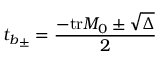
{ t _ { b } } _ { \pm } = \frac { - { \mathrm { t r } } M _ { 0 } \pm \sqrt { \Delta } } { 2 }